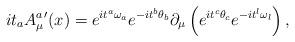
LaTeX: \begin{align*}i{t}_{a}{A_{\mu}^{a}}'(x)=e^{i{t}^{a}{\omega}_{a}}e^{-i{t}^{b}{\theta}_{b}}\partial_{\mu}\left (e^{i{t}^{c}{\theta}_{c}}e^{-i{t}^{l}{\omega}_{l}}\right ),\end{align*}